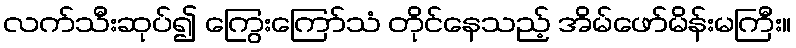
လက်သီးဆုပ်၍ ကြွေးကြော်သံ တိုင်နေသည့် အိမ်ဖော်မိန်းမကြီး။